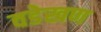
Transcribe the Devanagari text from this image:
वडेखण